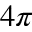
4 \pi